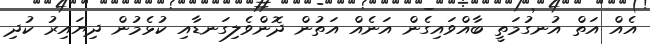
އެއް އަތް އުނގުމަތީ ބާއްވައިގެން އަނެއް އަތުން ދޮންވެލިގަނޑާއި ކުޅެމުން ދިޔައިރު ކުދި